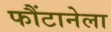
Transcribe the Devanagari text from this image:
फौंटानेला